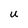
Character: U